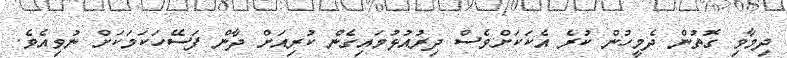
ދިމާވި ގޮތުން ދެމީހުން ކުރެ އެކަކަށްވެސް ދިރުއުޅުމައިގެން ކުރިއަށް ދާން ފަސޭހަކަމަކަށް ނުވިއެވެ.